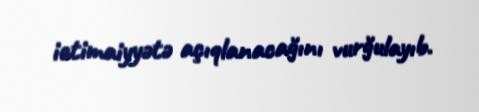
ictimaiyyətə açıqlanacağını vurğulayıb.